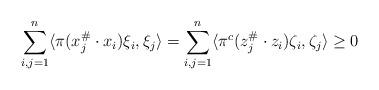
LaTeX: \begin{align*}\sum\limits_{i,j=1}^{n} \langle\pi(x_{j}^{\#}\cdot x_i)\xi_i,\xi_j\rangle = \sum\limits_{i,j=1}^{n} \langle\pi^c(z_{j}^{\#}\cdot z_i)\zeta_i,\zeta_j\rangle\ge 0\end{align*}